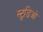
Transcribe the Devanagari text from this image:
स्टुडिओ